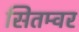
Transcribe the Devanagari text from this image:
सितम्वर